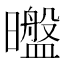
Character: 𰖶